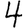
Digit: 4